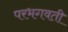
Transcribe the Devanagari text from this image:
परभगवती